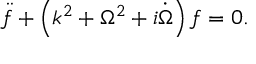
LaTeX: \ddot { f } + \left( k ^ { 2 } + \Omega ^ { 2 } + i \dot { \Omega } \right) f = 0 .